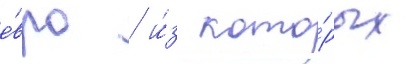
е́вро / и́з кото́рых